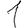
Digit: 1